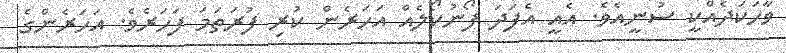
ވާހަކަދެއްކީ ސުނީއެވެ. އެއީ އެފަދަ ފޯނުކޯލެއް އަހަރެން ކުރި ފުރަތަމަ ފަހަރެވެ. އަހަރެންގެ